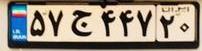
۵۷ج۴۴۷۲۰